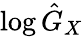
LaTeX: \log{\hat{G}}_{X}